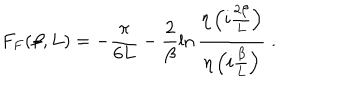
F _ { F } ( \beta , L ) = - \frac { \pi } { 6 L } - \frac { 2 } { \beta } \ln { \frac { \eta \left( i \frac { 2 \beta } { L } \right) } { \eta \left( i \frac { \beta } { L } \right) } } \; .